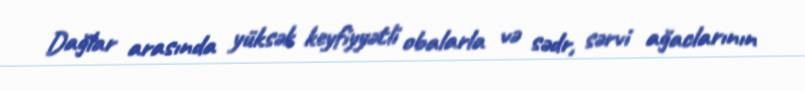
Dağlar arasında yüksək keyfiyyətli obalarla və sədr, sərvi ağaclarının